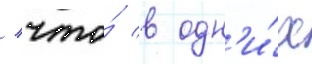
/ что́ в одн'и́х